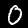
Digit: 0